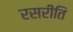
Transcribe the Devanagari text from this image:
रसरीति